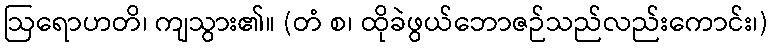
ဩရောဟတိ၊ ကျသွား၏။ (တံ စ၊ ထိုခဲဖွယ်ဘောဇဉ်သည်လည်းကောင်း၊)